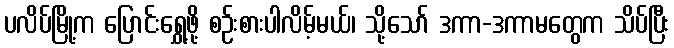
ပလိပ်မြို့က ပြောင်းရွှေ့ဖို့ စဉ်းစားပါလိမ့်မယ်၊ သို့သော် ဒကာ-ဒကာမတွေက သိပ်ပြီး